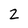
Character: 2